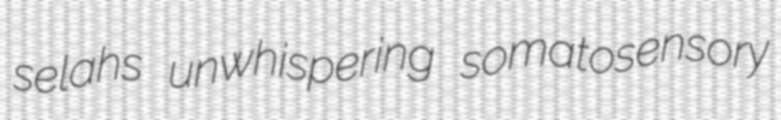
selahs unwhispering somatosensory